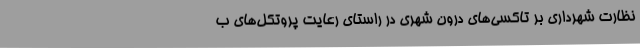
نظارت شهرداری بر تاکسی‌های درون شهری در راستای رعایت پروتکل‌های ب